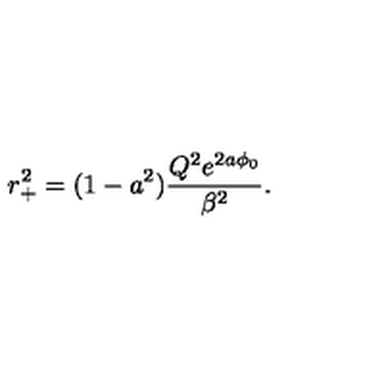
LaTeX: r _ { + } ^ { 2 } = ( 1 - a ^ { 2 } ) \frac { Q ^ { 2 } e ^ { 2 a \phi _ { 0 } } } { \beta ^ { 2 } } .